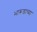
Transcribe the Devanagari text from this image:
भारूडाच्या